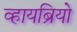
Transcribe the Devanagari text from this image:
व्हायब्रियो